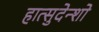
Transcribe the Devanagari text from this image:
हात्सुदेन्शो